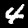
Label: 4